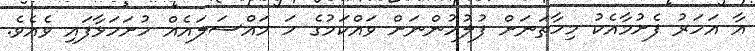
އާ އަހަރު ފެށުމާއެކު މިހާތަނަށް ފުލުހުންނަށް ވައްކަމުގެ ހަ މައްސަލައެއް ހުށަހަޅާފައި ވެއެވެ.